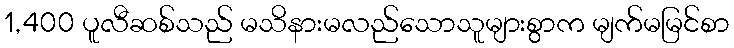
1,400 ပူလီဆစ်သည် မသိနားမလည်သောသူများစွာက မျက်မမြင်စာ